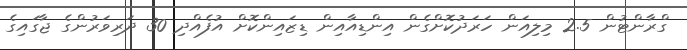
ގްރާންޓުން 2.5 މިލިއަން ހަރަދުކޮށްގެން އިންޑިއާއިން ޑިޒައިންކޮށް އުފެއްދި 30 ދަރިވަރުންގެ ޖާގައިގެ